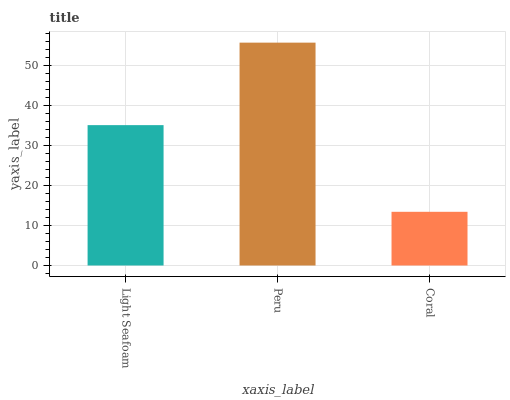
| xaxis_label | bars |
 | --- | --- |
 | Light Seafoam | 35.1 |
 | Peru | 55.7 |
 | Coral | 13.4 |